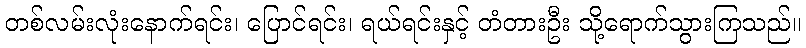
တစ်လမ်းလုံးနောက်ရင်း၊ ပြောင်ရင်း၊ ရယ်ရင်းနှင့် တံတားဦး သို့ရောက်သွားကြသည်။